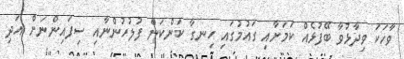
ވާހަކަ ވިދާޅުވާ ބޭފުޅެއް ކަމަށާއި ގައުމުގައި ހިނގާ ކަންކަން ފުލުހުންނާއި ސިފައިންނަށް އަދި